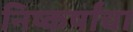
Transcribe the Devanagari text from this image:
निष्कर्षांचा